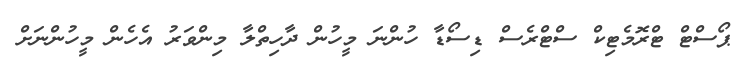
ޕޯސްޓް ޓްރޮމެޓިކް ސްޓްރެސް ޑިސޯޑާ ހުންނަ މީހުން ދާހިތްލާ މިންވަރު އެހެން މީހުންނަށް